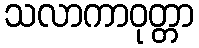
သလာကာဝုတ္တာ